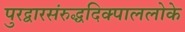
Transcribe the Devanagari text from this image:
पुरद्वारसंरुद्धदिक्पाललोके